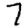
Digit: 7